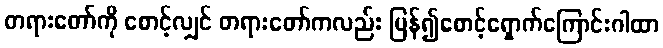
တရားတော်ကို စောင့်လျှင် တရားတော်ကလည်း ပြန်၍စောင့်ရှောက်ကြောင်းဂါထာ